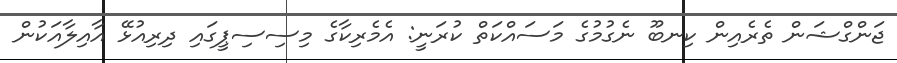
ޖަންގްޝަން ތެރެއިން ކިނބޫ ނެގުމުގެ މަސައްކަތް ކުރަނީ: އެމެރިކާގެ މިސިސިޕީގައި ދިރިއުޅޭ އާއިލާއަކުން